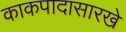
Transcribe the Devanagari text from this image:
काकपादासारखे